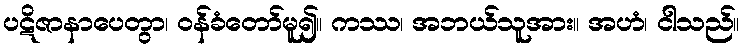
ပဋိဇာနာပေတွာ၊ ဝန်ခံတော်မူ၍။ ကဿ၊ အဘယ်သူအား။ အဟံ၊ ငါသည်။